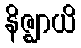
နိဇ္ဈာယိ